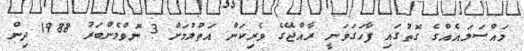
މައްސަލައެއްގެ ގޮތުގައި ފާހަގަވަނީ ރާއްޖޭގެ ވެރިކަން އަތުލުމަށް 3 ނޮވްމެންބަރު 1988 ދިން